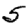
Digit: 5